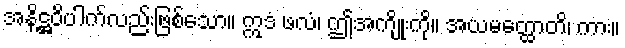
အနိဋ္ဌဝိပါက်လည်းဖြစ်သော။ ဣဒံ ဖလံ၊ ဤအကျိုးကို။ အယမတ္ထောတိ၊ ကား။